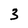
Character: 3